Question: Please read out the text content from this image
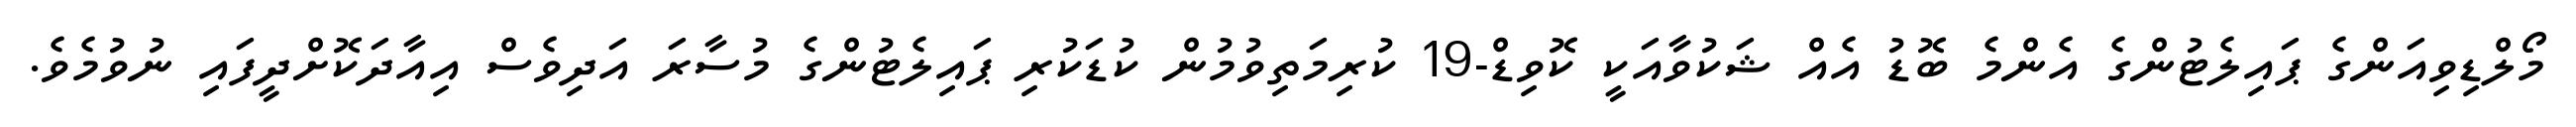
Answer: މޯލްޑިވިއަންގެ ޕައިލެޓުންގެ އެންމެ ބޮޑު އެއް ޝަކުވާއަކީ ކޮވިޑް-19 ކުރިމަތިވުމުން ކުޑަކުރި ޕައިލެޓުންގެ މުސާރަ އަދިވެސް އިއާދަކޮށްދީފައި ނުވުމެވެ.